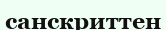
санскриттен